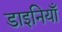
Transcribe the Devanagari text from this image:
डाइनियाँ